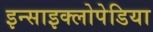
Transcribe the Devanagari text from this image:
इन्साइक्लोपेडिया